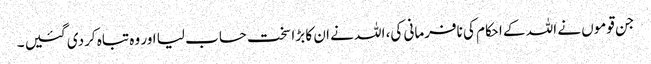
جن قوموں نے اللہ کے احکام کی نافرمانی کی، اللہ نے ان کا بڑا سخت حساب لیا اور وہ تباہ کردی گئیں ۔